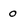
Character: 0